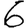
Digit: 6